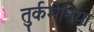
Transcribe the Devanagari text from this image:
तुर्कमेनिया